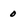
Character: 0